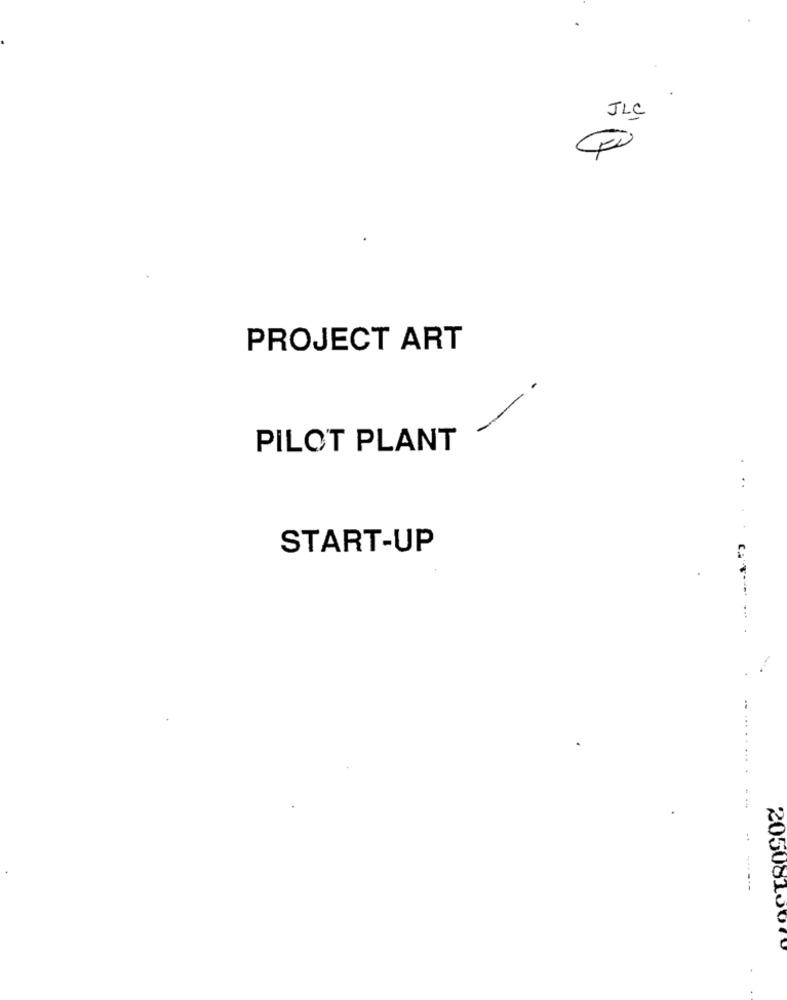
JLC
PROJECT ART
PILOT PLANT
START-UP
205081000